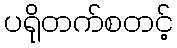
ပရိုတက်စတင့်